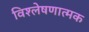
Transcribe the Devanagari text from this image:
विश्‍लेषणात्‍मक